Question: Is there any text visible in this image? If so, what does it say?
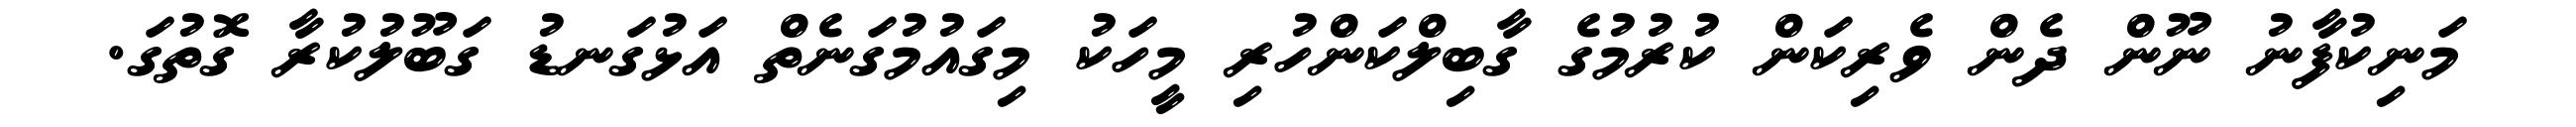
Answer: މަނިކުފާނު ނޫން ދެން ވެރިކަން ކުރުމުގެ ގާބިލްކަންހުރި މީހަކު މިގައުމުގަނެތް އަޅުގަނޑު ގަބޫލުކުރާ ގޮތުގަ.